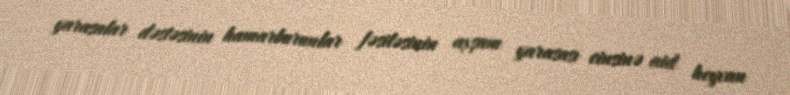
yarasalar dəstəsinin hamarburunlar fəsiləsinin axşam yarasası cinsinə aid heyvan